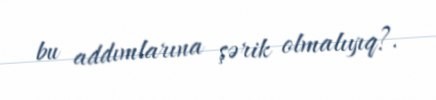
bu addımlarına şərik olmalıyıq?.